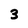
Character: 3